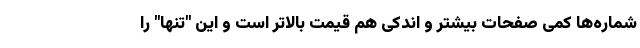
شماره‌ها کمی صفحات بیشتر و اندکی هم قیمت بالاتر است و این "تنها" را